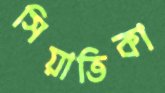
সিয়াতিকা